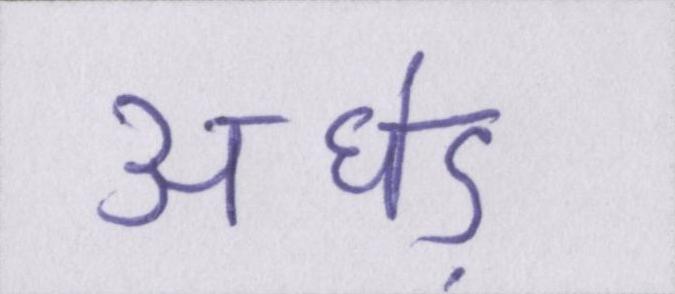
अधेड़